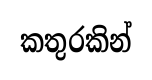
කතුරකින්